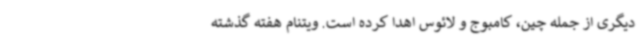
دیگری از جمله چین، کامبوج و لائوس اهدا کرده است. ویتنام هفته گذشته